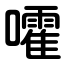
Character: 嚯